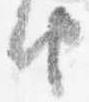
由